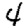
Digit: 4